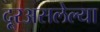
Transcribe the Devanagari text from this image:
दूरअसलेल्या